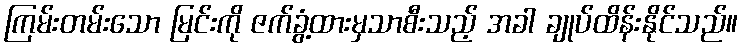
ကြမ်းတမ်းသော မြင်းကို ဇက်ခွံ့ထားမှသာစီးသည့် အခါ ချုပ်ထိန်းနိုင်သည်။